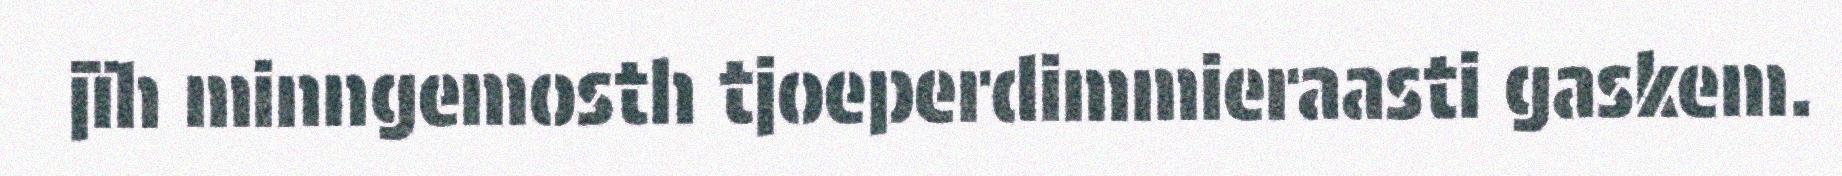
jïh minngemosth tjoeperdimmieraasti gaskem.